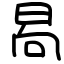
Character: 晑